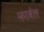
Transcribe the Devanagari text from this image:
फावेल